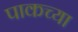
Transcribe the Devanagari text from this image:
पाकच्या